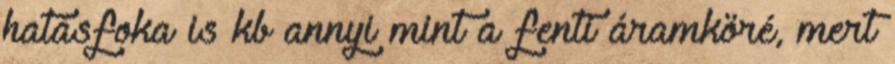
hatásfoka is kb annyi mint a fenti áramköré, mert